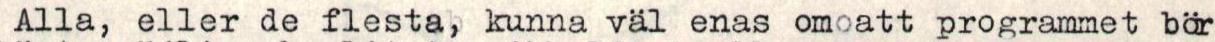
Alla, eller de flesta, kunna väl enas omoatt programmet bör